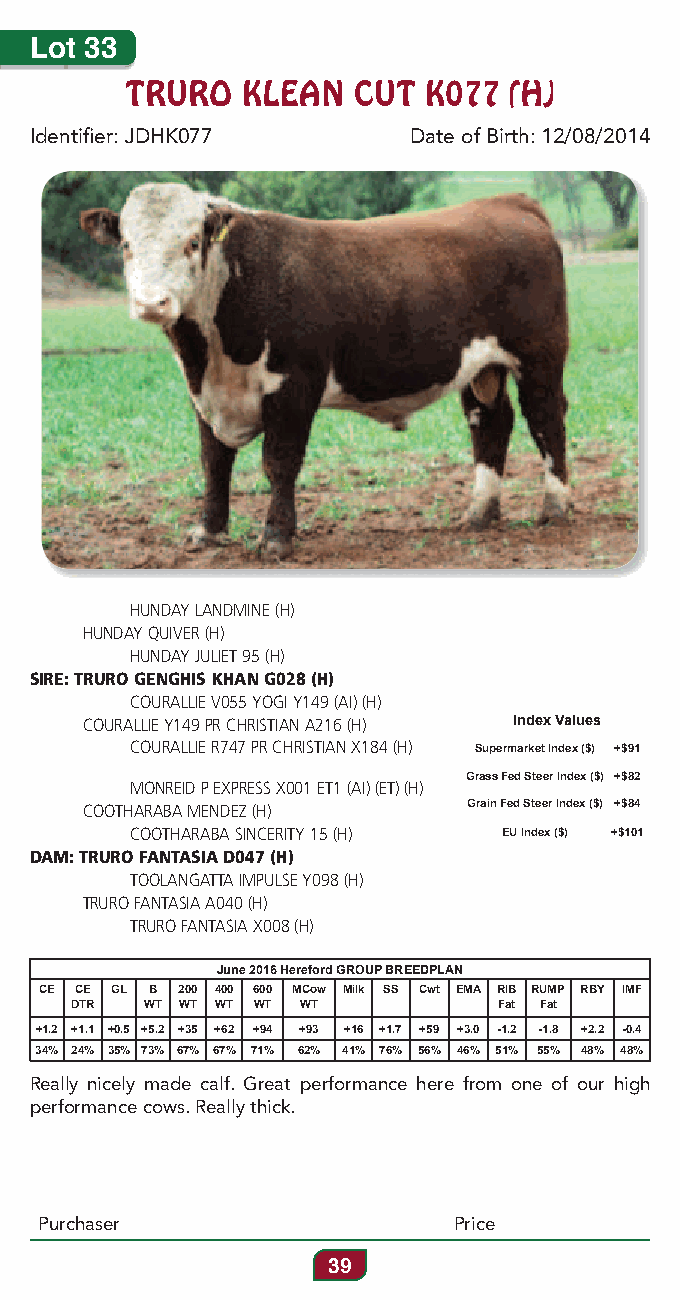
Lot 33
 TRURO   KLEAN  CUT  K077  (H)
 Identifier: JDHK077      Date of Birth: 12/08/2014
 HUNDAY LANDMINE (H)
 HUNDAY QUIVER (H)
 HUNDAY JULIET 95 (H)
 SIRE: TRURO GENGHIS KHAN G028 (H)
 COURALLIE V055 YOGI Y149 (AI) (H)
 COURALLIE Y149 PR CHRISTIAN A216 (H) Index Values
 COURALLIE R747 PR CHRISTIAN X184 (H) Supermarket Index ($) +$91
 Grass Fed Steer Index ($) +$82
 MONREID P EXPRESS X001 ET1 (AI) (ET) (H)
 COOTHARABA MENDEZ (H)     Grain Fed Steer Index ($) +$84
 COOTHARABA SINCERITY 15 (H) EU Index ($) +$101
 DAM: TRURO FANTASIA D047 (H)
 TOOLANGATTA IMPULSE Y098 (H)
 TRURO FANTASIA A040 (H)
 TRURO FANTASIA X008 (H)
 June 2016 Hereford GROUP BREEDPLAN
 CE CE GL B 200 400 600 MCow Milk SS Cwt EMA RIB RUMP RBY IMF
 DTR  WT WT WT WT WT         Fat Fat
 +1.2 +1.1 +0.5 +5.2 +35 +62 +94 +93 +16 +1.7 +59 +3.0 -1.2 -1.8 +2.2 -0.4
 34% 24% 35% 73% 67% 67% 71% 62% 41% 76% 56% 46% 51% 55% 48% 48%
 Really nicely made calf. Great performance here from one of our high
 performance cows. Really thick.
 Purchaser                  Price
 39